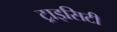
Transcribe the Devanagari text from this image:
ट्राइसिटी